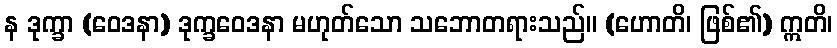
န ဒုက္ခာ (ဝေဒနာ) ဒုက္ခဝေဒနာ မဟုတ်သော သဘောတရားသည်။ (ဟောတိ၊ ဖြစ်၏) ဣတိ၊